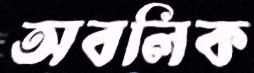
অবলিক